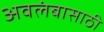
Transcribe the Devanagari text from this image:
अवलंबासाठी